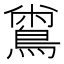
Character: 𪂟